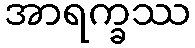
အာရက္ခဿ